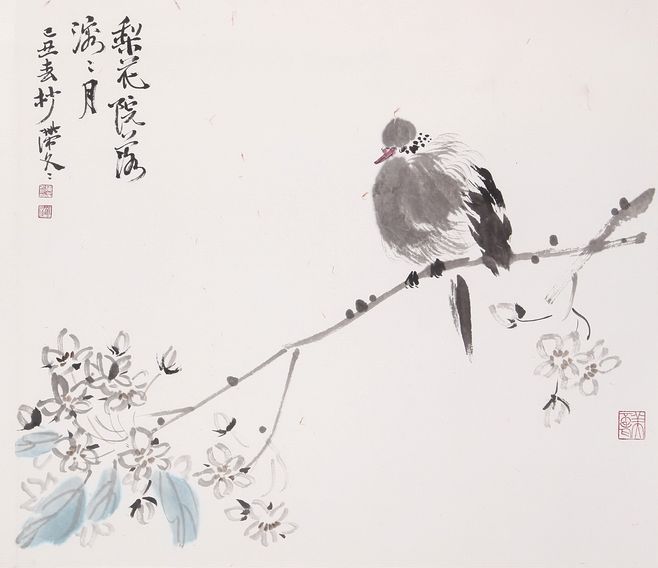
油壁香车不再逢，峡云无迹任西东。